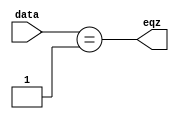
`timescale 1ns / 1ps
module EQZ (eqz, data);
input [15:0] data;
output eqz;
assign eqz = (data == 16'b1);
endmodule